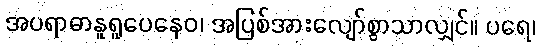
အပရာဓာနူရူပေနေဝ၊ အပြစ်အားလျော်စွာသာလျှင်။ ပရေ၊